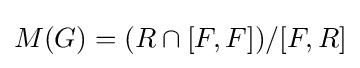
M(G)=(R\cap \lbrack F,F\rbrack )/\lbrack F,R\rbrack